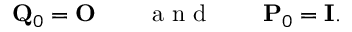
{ \bf Q } _ { 0 } = { \bf O } \qquad \mathrm { ~ a ~ n ~ d ~ } \qquad { \bf P } _ { 0 } = { \bf I } .